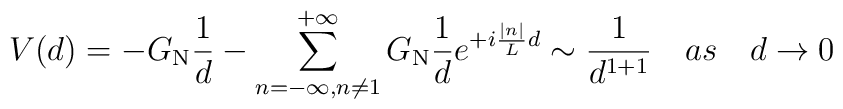
V(d)=-G_{\rm N}{1\over d}-\sum_{n=-\infty,n\not=1}^{+\infty}G_{\rm N}{1\over d}e^{+i{|n|\over L}d} \sim {1\over d^{1+1}}\quad as\quad d\rightarrow 0